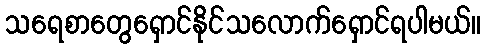
သရေစာတွေရှောင်နိုင်သလောက်ရှောင်ရပါမယ်။